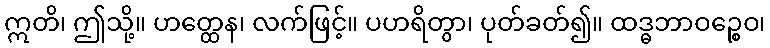
ဣတိ၊ ဤသို့။ ဟတ္ထေန၊ လက်ဖြင့်။ ပဟရိတွာ၊ ပုတ်ခတ်၍။ ထဒ္ဓဘာဝဉ္စေဝ၊